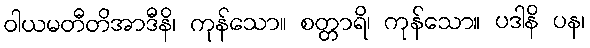
ဝါယမတီတိအာဒီနိ၊ ကုန်သော။ စတ္တာရိ၊ ကုန်သော။ ပဒါနိ ပန၊